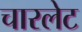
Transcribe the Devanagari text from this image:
चारलेट